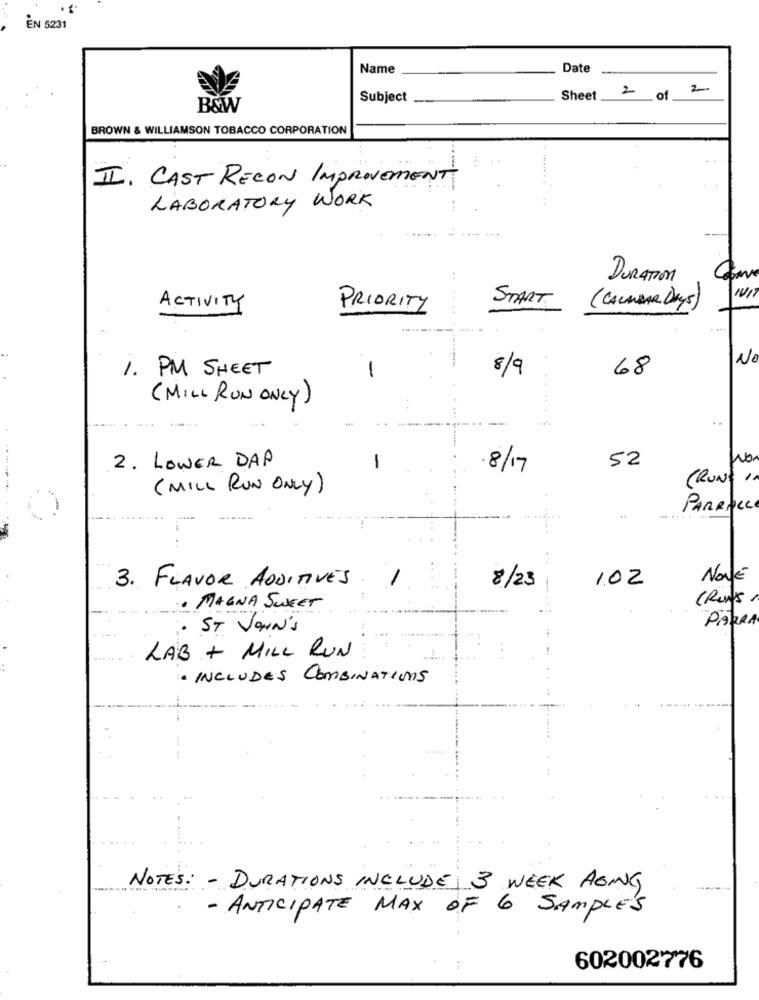
EN 5231
Name
Date
2
Subject
Sheet
2 of
B&W
BROWN & WILLIAMSON TOBACCO CORPORATION
II. CAST RECON IMPROVEMENT
LABORATORY WORK
DURATION
START
ACTIVITY
PRIORITY
......
(CALENDAR DAYS)
N
1. PM SHEET
8/9
68
-
..
(MILL RUN ONLY)
2. LOWER DAP
52
No
-
8/17
(RUNT 11
(MILL RUN ONLY)
PARRALLE
3. FLAVOR ADDITIVES
1.02
NOVÉ
8/23
(Runs ,
· MAGNA SWEET
PARRA
. ST JOHN'S
LAB + MILL RUN
· INCLUDES COMBINATIONS
- -
NOTES: - DURATIONS INCLUDE 3 WEEK AGING
- ANTICIPATE MAX OF 6 SAMPLES
602002776